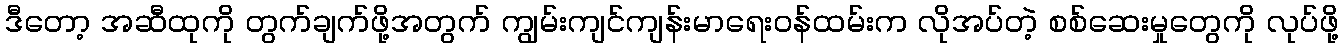
ဒီတော့ အဆီထုကို တွက်ချက်ဖို့အတွက် ကျွမ်းကျင်ကျန်းမာရေးဝန်ထမ်းက လိုအပ်တဲ့ စစ်ဆေးမှုတွေကို လုပ်ဖို့